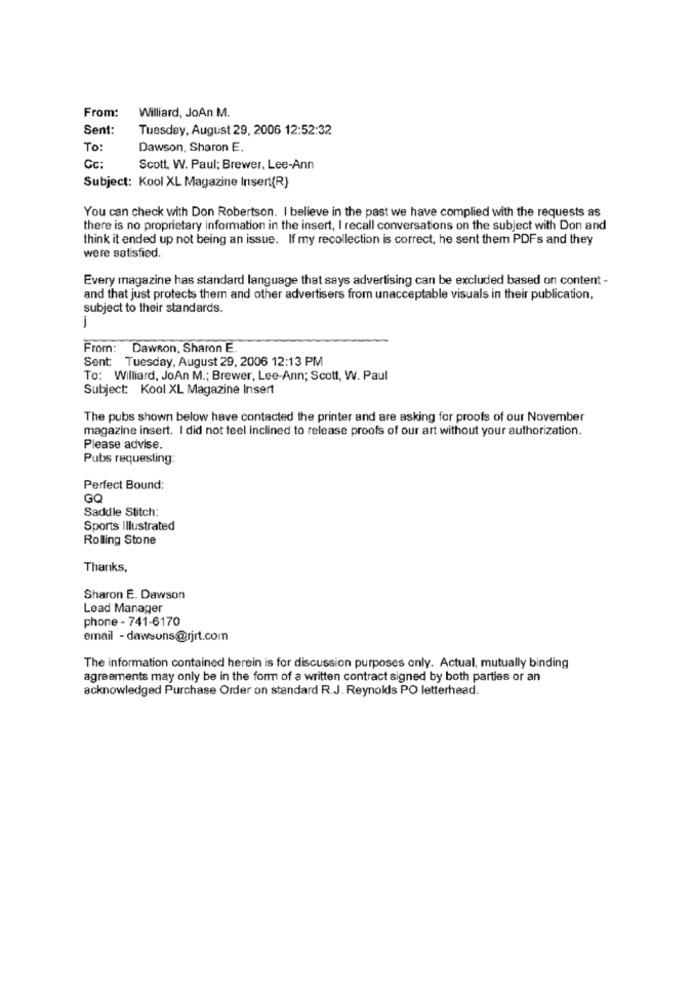
Williard, JoAn M.
From:
Sent:
Tuesday, August 29, 2006 12:52:32
To :
Dawson, Sharon E.
Cc:
Scott. W. Paul: Brewer, Lee-Ann
Subject: Kool XL Magazine Insert(R)
You can check with Don Robertson. I believe in the past we have complied with the requests as
there is no proprietary information in the insert, I recall conversations on the subject with Don and
think it ended up not being an issue. If my recollection is correct, he sent them PDFs and they
were satisfied.
Every magazine has standard language that says advertising can be excluded based on content -
and that just protects them and other advertisers from unacceptable visuals in their publication.
subject to their standards.
From: Dawson, Sharon E.
Sent: Tuesday, August 29, 2006 12:13 PM
To: Williard, JoAn M .; Brewer, Lee-Ann; Scott, W. Paul
Subject: Kool XL Magazine Insert
The pubs shown below have contacted the printer and are asking for proofs of our November
magazine insert. I did not feel inclined to release proofs of our art without your authorization.
Please advise.
Pubs requesting:
Perfect Bound:
GQ
Saddle Stitch:
Sports Illustrated
Rolling Stone
Thanks,
Sharon E. Dawson
Lead Manager
phone - 741-6170
email - dawsons@rjrt.com
The information contained herein is for discussion purposes only. Actual, mutually binding
agreements may only be in the form of a written contract signed by both parties or an
acknowledged Purchase Order on standard R.J. Reynolds PO letterhead.